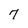
Character: 7